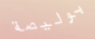
بوليصة